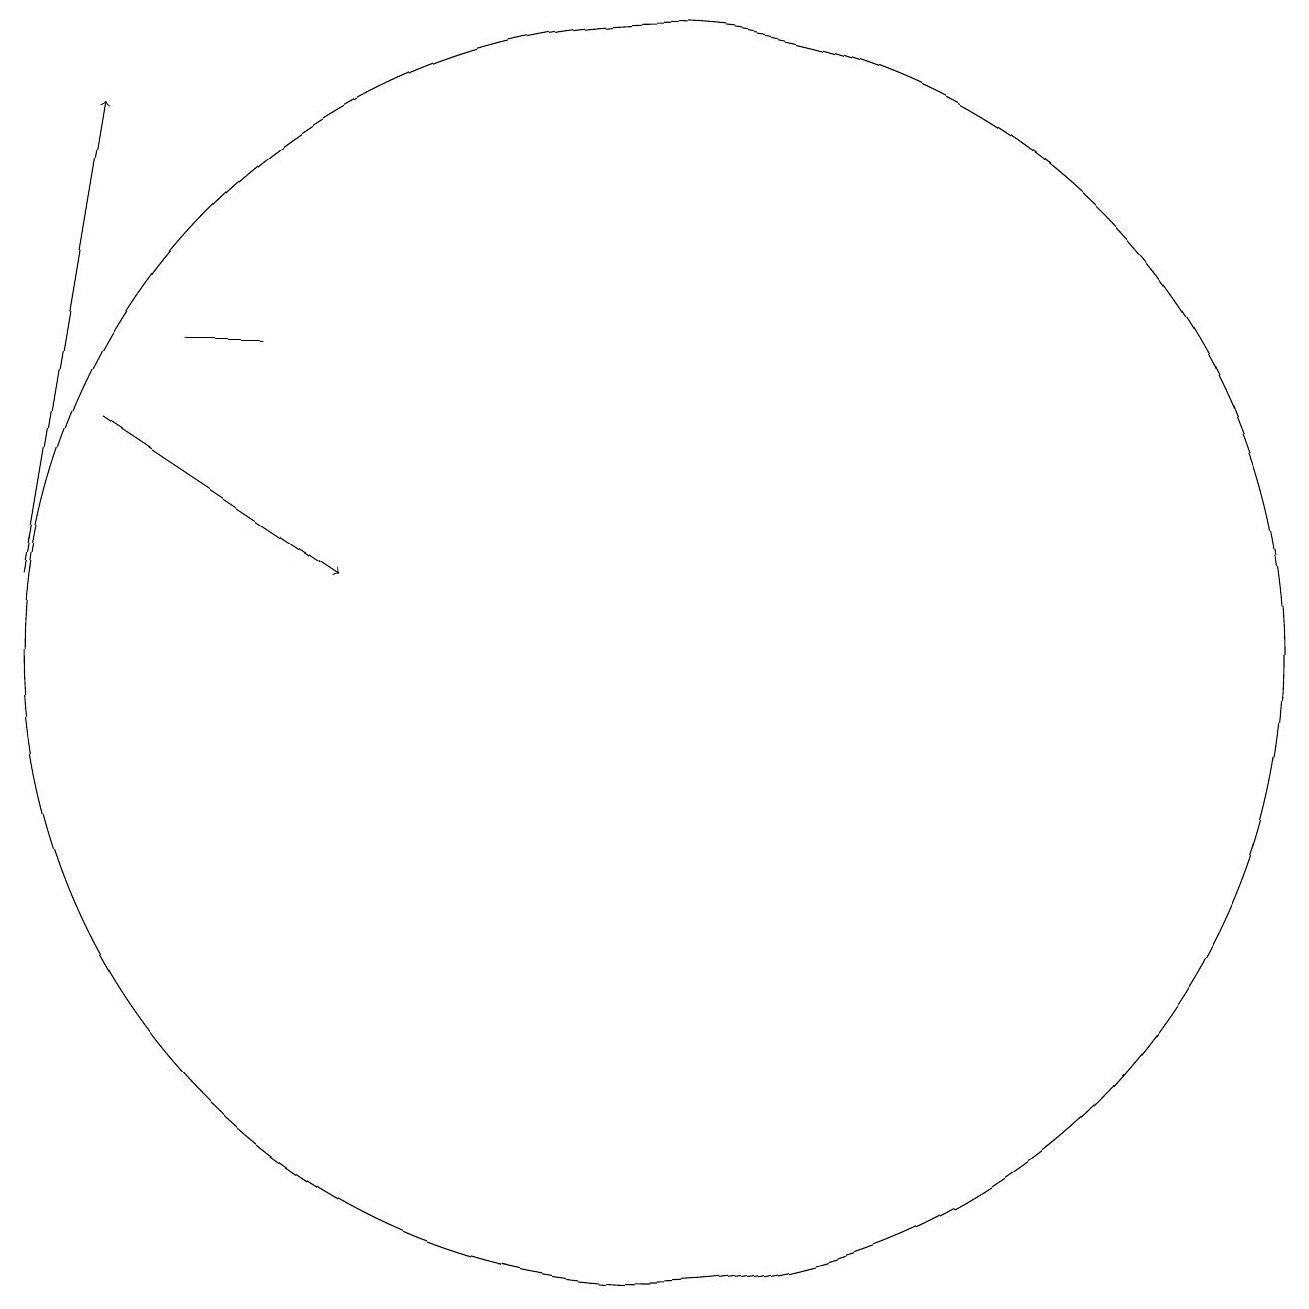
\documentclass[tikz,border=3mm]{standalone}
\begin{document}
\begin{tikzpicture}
\draw[->] (3,11) -- (4,17);
\draw (5,14) rectangle (6,14);
\draw[->] (4,13) -- (7,11);
\draw (11,10) circle (8);
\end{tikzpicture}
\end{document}